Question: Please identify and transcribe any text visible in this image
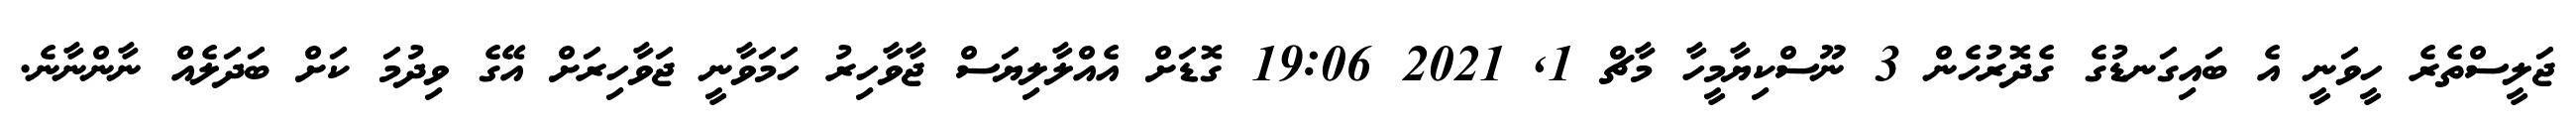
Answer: ޖަލީސްތެރެ ހީވަނީ އެ ބައިގަނޑުގެ ގެދޮރުހެން 3 ނޫސްކިޔާމީހާ މާޗް 1, 2021 19:06 ގޮޑަށް އެއްލާލިޔަސް ޖާވާހިރު ހަމަވާނީ ޖަވާހިރަށް އޭގެ ވިދުމަ ކަށް ބަދަލެއް ނާންނާނެ.